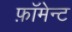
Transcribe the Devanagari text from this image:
फ़ॉमेन्ट